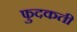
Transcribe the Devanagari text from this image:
फुदकती